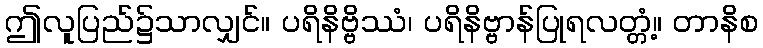
ဤလူပြည်၌သာလျှင်။ ပရိနိဗ္ဗိဿံ၊ ပရိနိဗ္ဗာန်ပြုရလတ္တံ့။ တာနိစ